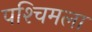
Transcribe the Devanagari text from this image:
पश्‍चिमला